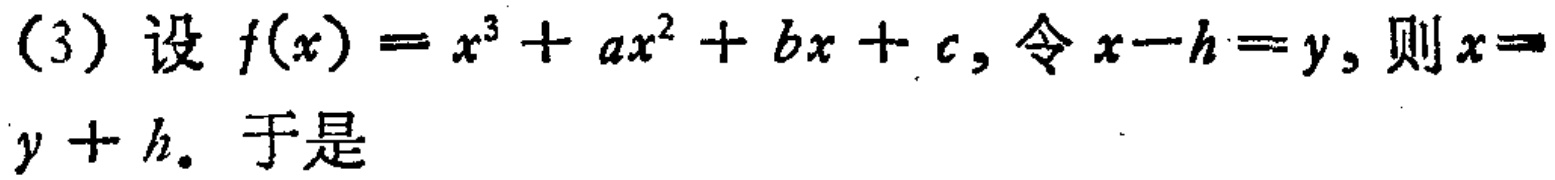
(3) 设 \(f(x)=x^{3}+ax^{2}+bx + c\), 令 \(x - h=y\), 则 \(x = y + h\). 于是